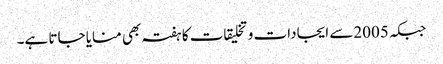
جبکہ 2005سے ایجادات و تخلیقات کا ہفتہ بھی منایا جاتا ہے۔